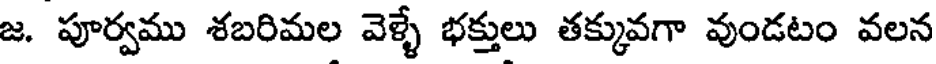
జ. పూర్వము శబరిమల వెళ్ళే భక్తులు తక్కువగా వుండటం వలన